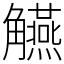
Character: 觾